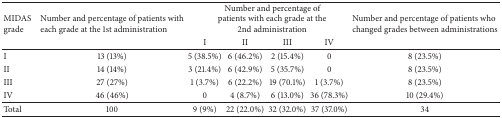
<table><thead><tr><td rowspan="2"><b>MIDASgrade</b></td><td rowspan="2"><b>Number and percentage of patients with each grade at the 1st administration</b></td><td colspan="4"><b>Number and percentage of patients with each grade at the 2nd administration</b></td><td rowspan="2"><b>Number and percentage of patients who changed grades between administrations</b></td></tr><tr><td><b>I</b></td><td><b>II</b></td><td><b>III</b></td><td><b>IV</b></td></tr></thead><tbody><tr><td>I</td><td>13 (13%)</td><td>5 (38.5%)</td><td>6 (46.2%)</td><td>2 (15.4%)</td><td>0</td><td>8 (23.5%)</td></tr><tr><td>II</td><td>14 (14%)</td><td>3 (21.4%)</td><td>6 (42.9%)</td><td>5 (35.7%)</td><td>0</td><td>8 (23.5%)</td></tr><tr><td>III</td><td>27 (27%)</td><td>1 (3.7%)</td><td>6 (22.2%)</td><td>19 (70.1%)</td><td>1 (3.7%)</td><td>8 (23.5%)</td></tr><tr><td>IV</td><td>46 (46%)</td><td>0</td><td>4 (8.7%)</td><td>6 (13.0%)</td><td>36 (78.3%)</td><td>10 (29.4%)</td></tr><tr><td>Total</td><td>100</td><td>9 (9%)</td><td>22 (22.0%)</td><td>32 (32.0%)</td><td>37 (37.0%)</td><td>34</td></tr></tbody></table>